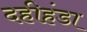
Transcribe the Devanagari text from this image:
दहीहंडा